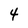
Character: 4